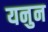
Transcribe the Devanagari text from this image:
यनुन